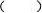
( )